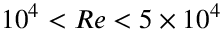
1 0 ^ { 4 } < R e < 5 \times 1 0 ^ { 4 }